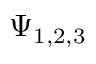
\Psi _ { 1 , 2 , 3 }